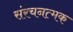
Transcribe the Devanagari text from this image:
संरचनत्मक